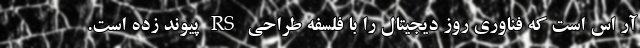
آر اس است که فناوری روز دیجیتال را با فلسفه طراحی RS پیوند زده است.